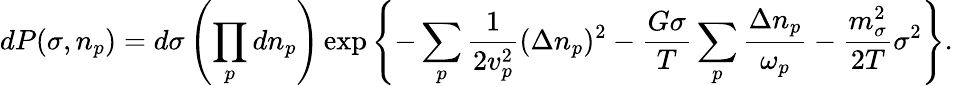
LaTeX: dP(\sigma,n_{p})=d\sigma\left(\prod_{p}dn_{p}\right)\exp\left\{ -\sum_{p}{\frac{1}{2{v}_{p}^{2}}}(\Delta n_{p})^{2}-{\frac{G\sigma}{T}}\sum_{p}{\frac{\Delta n_{p}}{\omega_{p}}}-{\frac{m_{\sigma}^{2}}{2T}}\sigma^{2}\right\} .